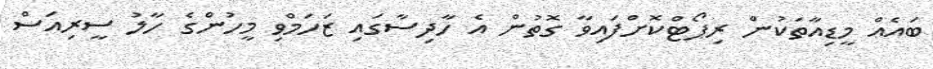
ބައެއް މީޑިއާތަކުން ރިޕޯޓްކޮށްފައިވާ ގޮތުން އެ ހާދިސާގައި ޒަހަމްވި މީހުންގެ ހާލު ސީރިއަސް